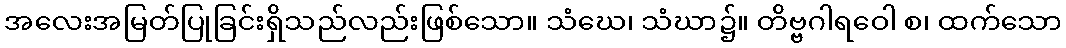
အလေးအမြတ်ပြုခြင်းရှိသည်လည်းဖြစ်သော။ သံဃေ၊ သံဃာ၌။ တိဗ္ဗဂါရဝေါ စ၊ ထက်သော